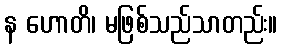
န ဟောတိ၊ မဖြစ်သည်သာတည်း။